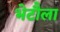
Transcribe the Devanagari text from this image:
भेटौला